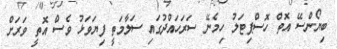
ބިޔޯންސޭ އޮތް ހޮސްޕިޓަލު ހިމެނޭ ސަރަހައްދުގައި ސަލާމަތީ ފިޔަވަޅު ވެސް އޮތީ ވަރަށް